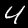
Digit: 4